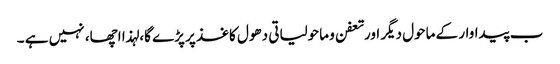
ب پیداوار کے ماحول دیگر اورتعفن و ماحولیاتی دھول کاغذ پر پڑے گا، لہذا اچھا، نہیں ہے ۔